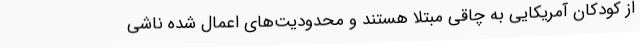
از کودکان آمریکایی به چاقی مبتلا هستند و محدودیت‌های اعمال شده ناشی